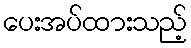
ပေးအပ်ထားသည့်